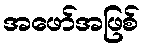
အဖော်အဖြစ်